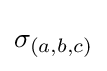
\sigma _{(a,b,c)}